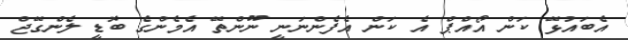
އެބައުޅޭ ކަން އޯއްޕް އެ ކަން އެފެންނަނީ ނޫންތޭ އެމެންގެ ބޮޑީ ލެންގޭޖް